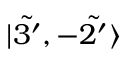
| \Tilde { 3 ^ { \prime } } , - \Tilde { 2 ^ { \prime } } \rangle